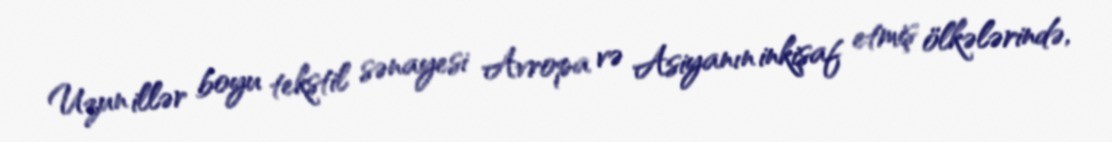
Uzun illər boyu tekstil sənayesi Avropa və Asiyanın inkişaf etmiş ölkələrində,